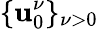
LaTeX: \{ \mathbf{u}_{0}^{\nu}\} _{\nu>0}